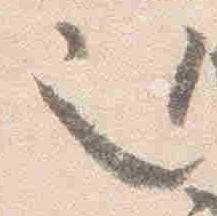
也